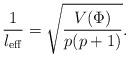
LaTeX: \begin{align*}\frac{1}{l_{\rm eff}}=\sqrt{\frac{V(\Phi)}{p(p+1)}}.\end{align*}